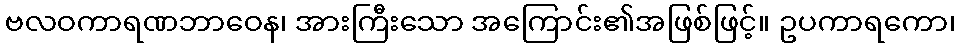
ဗလဝကာရဏဘာဝေန၊ အားကြီးသော အကြောင်း၏အဖြစ်ဖြင့်။ ဥပကာရကော၊